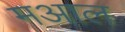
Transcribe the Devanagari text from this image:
मआल